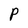
Character: P